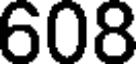
608